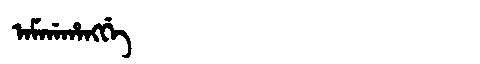
Manchu: ᠠᠮᡤᠠᡥᠠᠩᡤᡝ
Romanization: AMGAHANGGE